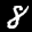
Label: 8